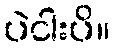
ပဲငါးပိ။